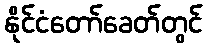
နိုင်ငံတော်ခေတ်တွင်